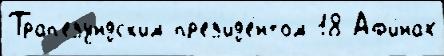
Трап'езундск'им пр'ез'ид'е́нтом 18 Аф'и́нах